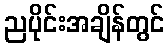
ညပိုင်းအချိန်တွင်